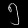
Digit: ၅